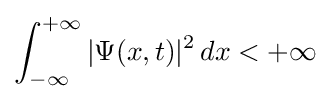
\int _{-\infty }^{+\infty }|\Psi (x,t)|^{2}\,dx<+\infty